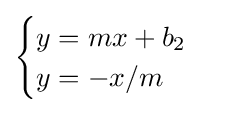
{\begin{cases}y=mx+b_{2}\\y=-x/m\end{cases}}